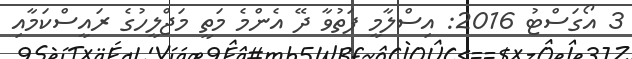
3 އޯގަސްޓު 2016: އިސްލާމީ ފަތުވާ ދޭ އެންމެ މަތީ މަޖްލީހުގެ ރައީސްކަމާއި